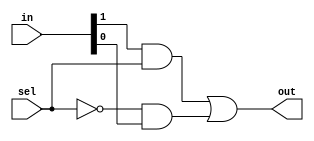
`timescale 1ns / 1ps

module Mux21(out, in, sel);

input [1:0] in;
input sel;
output out;
wire notsel, Asel, Bnotsel;

and a0(Asel, in[1], sel);
not n0(notsel, sel);
and a1(Bnotsel, notsel, in[0]);
or  r0(out, Asel, Bnotsel);

endmodule